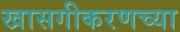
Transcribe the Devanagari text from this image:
खासगीकरणच्या